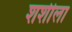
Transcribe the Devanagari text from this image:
शशीला